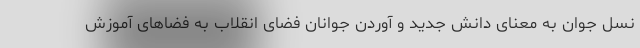
نسل جوان به معنای دانش جدید و آوردن جوانان فضای انقلاب به فضاهای آموزش